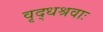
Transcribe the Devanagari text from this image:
वृद्धश्रवाः